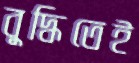
বুদ্ধিতেই